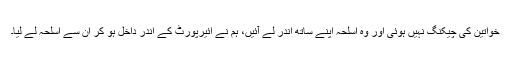
خواتین کی چیکنگ نہیں ہوئی اور وہ اسلحہ اپنے ساتھ اندر لے آئیں، ہم نے ائیرپورٹ کے اندر داخل ہو کر ان سے اسلحہ لے لیا۔